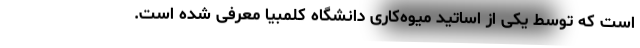
است که توسط یکی از اساتید میوه­‌کاری دانشگاه کلمبیا معرفی شده است.